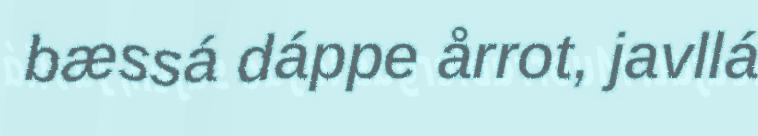
bæssá dáppe årrot, javllá